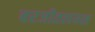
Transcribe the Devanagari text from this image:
बरजीतलयस